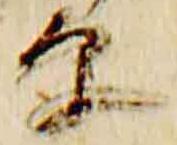
原